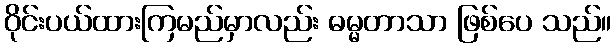
ဝိုင်းပယ်ထားကြမည်မှာလည်း ဓမ္မတာသာ ဖြစ်ပေ သည်။